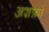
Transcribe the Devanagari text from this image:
अशफ़ां